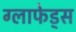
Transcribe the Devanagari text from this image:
ग्लाफेड्स